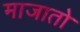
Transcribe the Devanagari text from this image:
माजातो